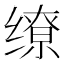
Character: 缭